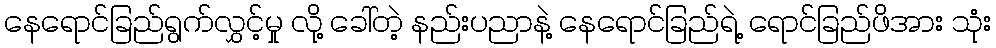
နေရောင်ခြည်ရွက်လွှင့်မှု လို့ ခေါ်တဲ့ နည်းပညာနဲ့ နေရောင်ခြည်ရဲ့ ရောင်ခြည်ဖိအား သုံး